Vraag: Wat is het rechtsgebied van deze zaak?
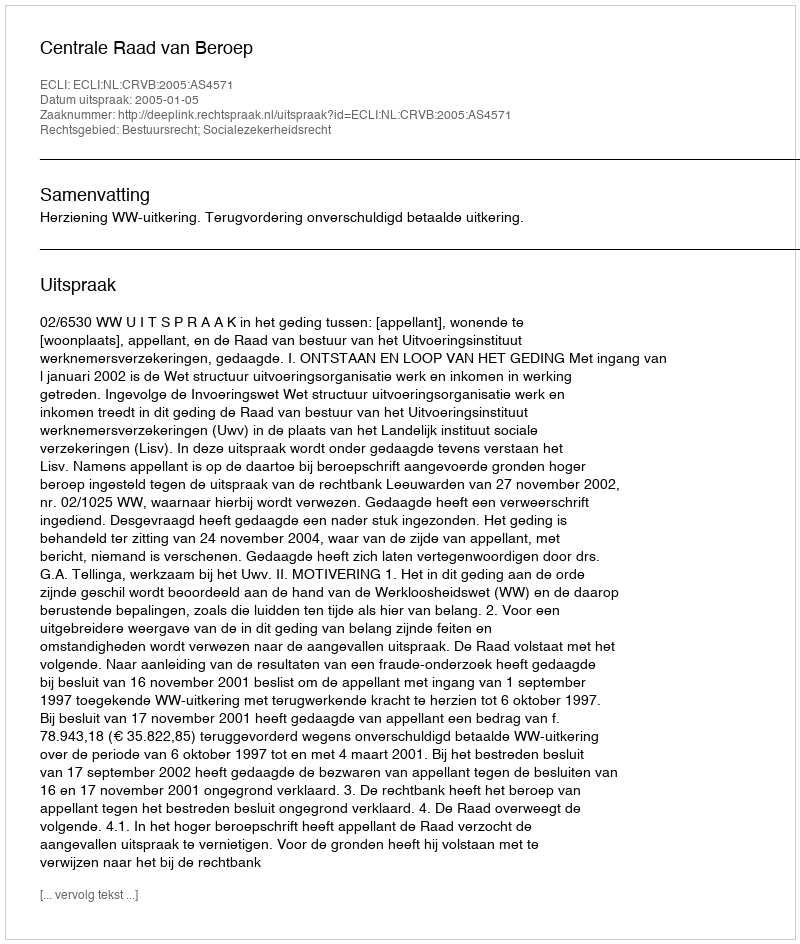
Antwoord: Bestuursrecht; Socialezekerheidsrecht